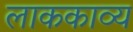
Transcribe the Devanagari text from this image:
लाककाव्य